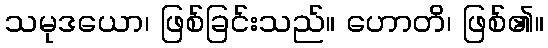
သမုဒယော၊ ဖြစ်ခြင်းသည်။ ဟောတိ၊ ဖြစ်၏။